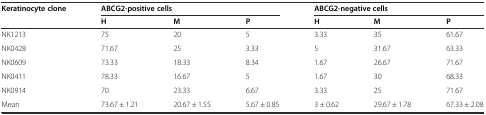
<table><thead><tr><td><b>Keratinocyte clone</b></td><td colspan="3"><b>ABCG2-positive cells</b></td><td colspan="3"><b>ABCG2-negative cells</b></td></tr><tr><td></td><td><b>H</b></td><td><b>M</b></td><td><b>P</b></td><td><b>H</b></td><td><b>M</b></td><td><b>P</b></td></tr></thead><tbody><tr><td>NK1213</td><td>75</td><td>20</td><td>5</td><td>3.33</td><td>35</td><td>61.67</td></tr><tr><td>NK0428</td><td>71.67</td><td>25</td><td>3.33</td><td>5</td><td>31.67</td><td>63.33</td></tr><tr><td>NK0609</td><td>73.33</td><td>18.33</td><td>8.34</td><td>1.67</td><td>26.67</td><td>71.67</td></tr><tr><td>NK0411</td><td>78.33</td><td>16.67</td><td>5</td><td>1.67</td><td>30</td><td>68.33</td></tr><tr><td>NK0914</td><td>70</td><td>23.33</td><td>6.67</td><td>3.33</td><td>25</td><td>71.67</td></tr><tr><td>Mean</td><td>73.67 ± 1.21</td><td>20.67 ± 1.55</td><td>5.67 ± 0.85</td><td>3 ± 0.62</td><td>29.67 ± 1.78</td><td>67.33 ± 2.08</td></tr></tbody></table>